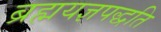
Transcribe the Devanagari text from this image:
ब्रह्मयज्ञपद्धति